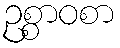
ဥစ္စာဝစာ